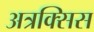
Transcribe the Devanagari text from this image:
अत्रक्सिस